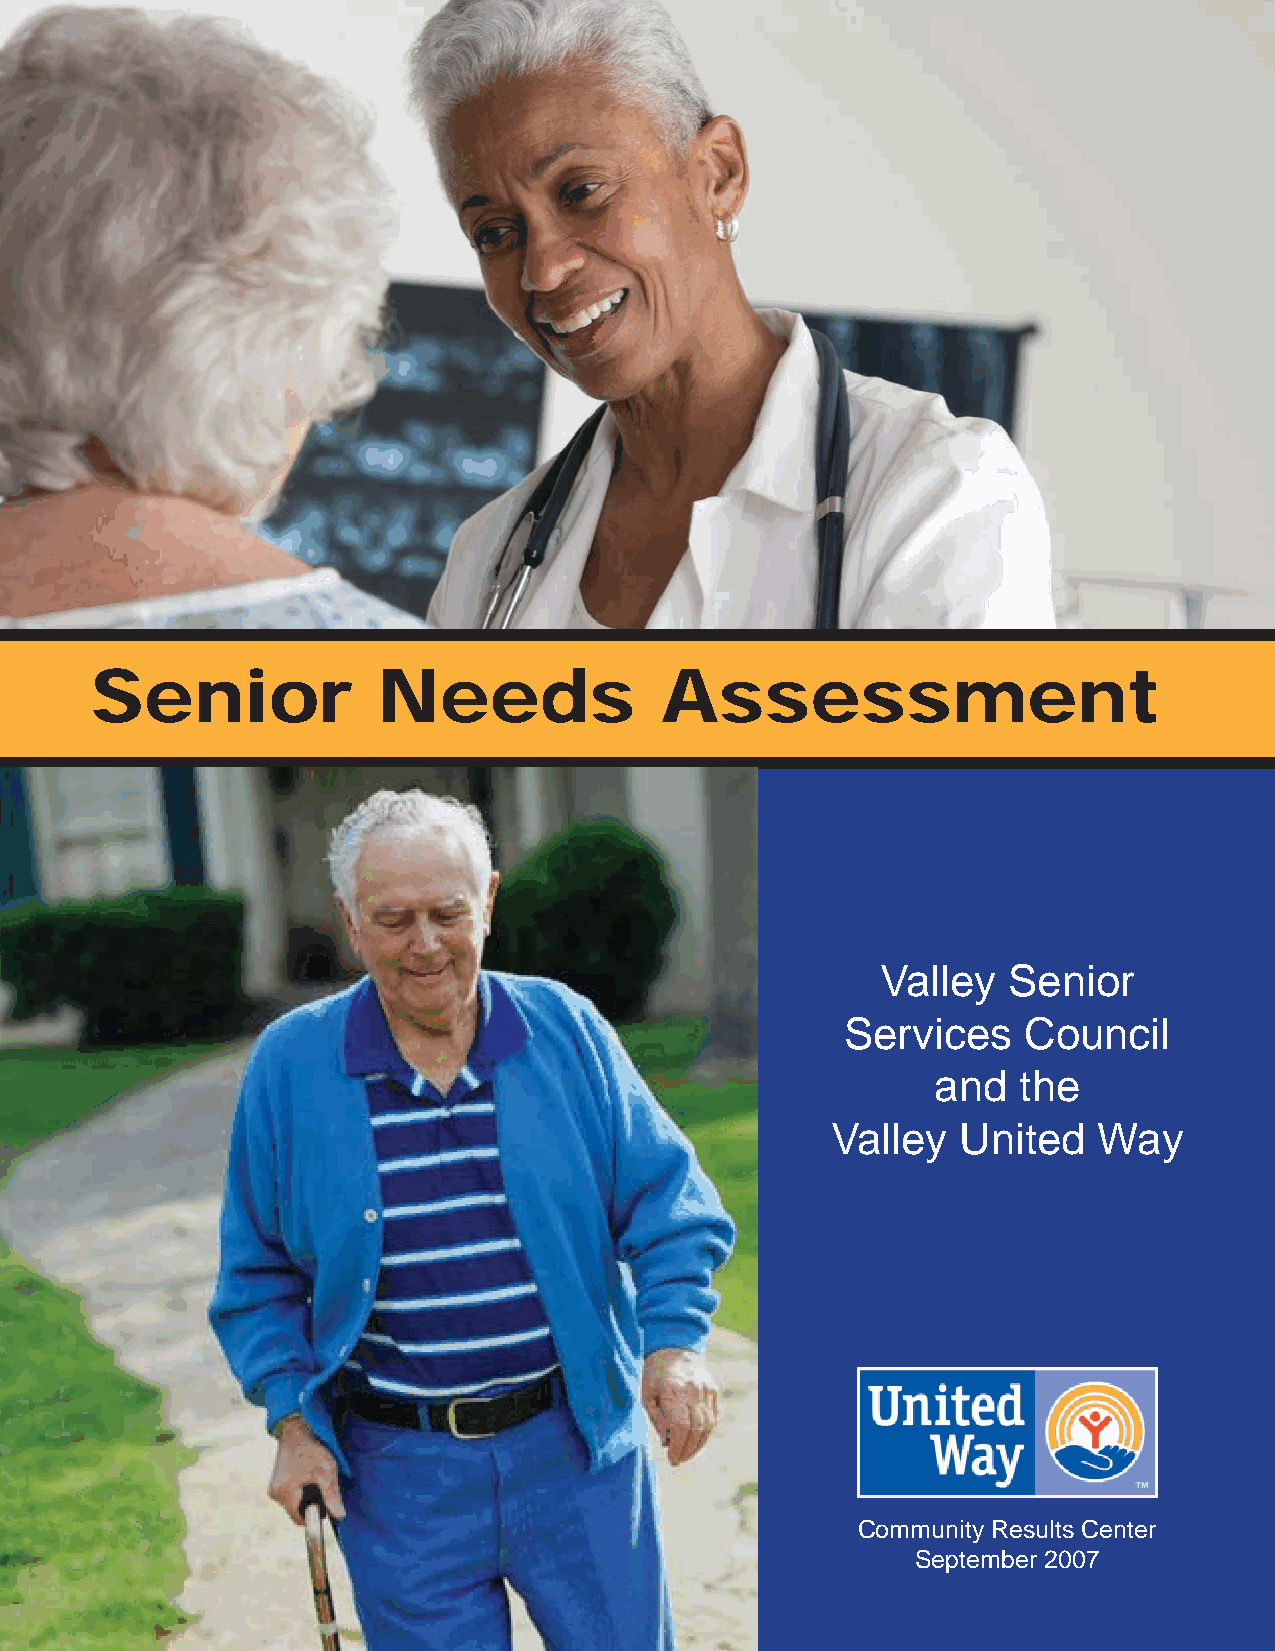
Senior             Needs              Assessment
 Valley   Senior
 Services    Council
 and  the
 Valley  United    Way
 Community Results Center
 September 2007